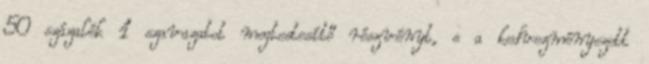
50 százalék 1 szavazatot megtestesítő részvényt, s a kedvezményezett